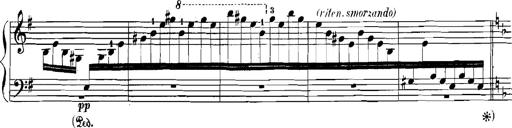
Title: Rhapsodies hongroises
Composer: Franz Liszt